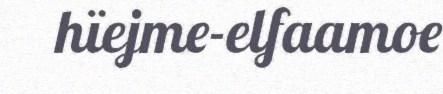
hïejme-elfaamoe